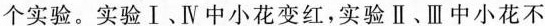
个实验。实验Ⅰ、Ⅳ中小花变红，实验Ⅱ、Ⅲ中小花不